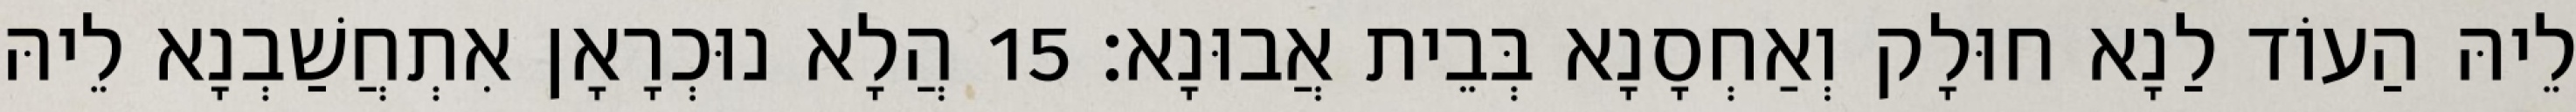
לֵיהּ הַעוֹד לַנָא חוּלָק וְאַחְסָנָא בְּבֵית אֲבוּנָא׃ 15 הֲלָא נוּכְרָאָן אִתְחֲשַׁבְנָא לֵיהּ